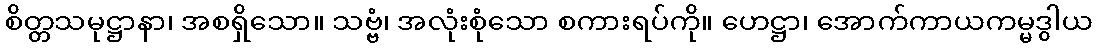
စိတ္တသမုဋ္ဌာနာ၊ အစရှိသော။ သဗ္ဗံ၊ အလုံးစုံသော စကားရပ်ကို။ ဟေဋ္ဌာ၊ အောက်ကာယကမ္မဒွါယ